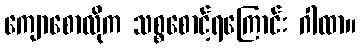
ကျောစောလိုက သစ္စစောင့်ရကြောင်း ဂါထာ။